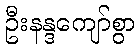
ဦးနန္ဒကျော်စွာ